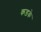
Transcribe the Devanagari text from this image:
कड़के